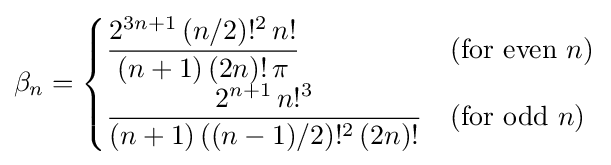
\beta _{n}={\begin{cases}{\dfrac {2^{3n+1}\,(n/2)!^{2}\,n!}{(n+1)\,(2n)!\,\pi }}&({\text{for even }}n)\\{\dfrac {2^{n+1}\,n!^{3}}{(n+1)\,((n-1)/2)!^{2}\,(2n)!}}&({\text{for odd }}n)\end{cases}}